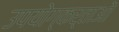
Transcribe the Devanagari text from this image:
उपयोग्कर्ताओं